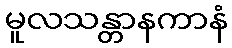
မူလသန္တာနကာနံ